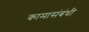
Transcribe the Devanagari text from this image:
कामासंबंधी